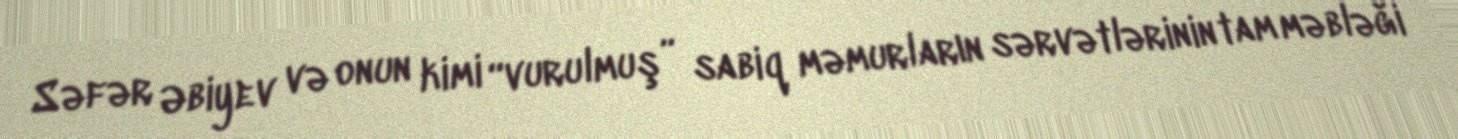
Səfər Əbiyev və onun kimi “vurulmuş” sabiq məmurların sərvətlərinin tam məbləği